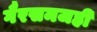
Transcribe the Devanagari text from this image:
गैरसमजही